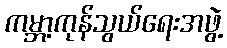
ကမ္ဘာ့ကုန်သွယ်ရေးအဖွဲ့